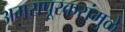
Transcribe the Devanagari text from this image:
अमरापूूरकरांमुळे